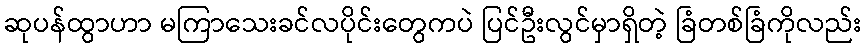
ဆုပန်ထွာဟာ မကြာသေးခင်လပိုင်းတွေကပဲ ပြင်ဦးလွင်မှာရှိတဲ့ ခြံတစ်ခြံကိုလည်း